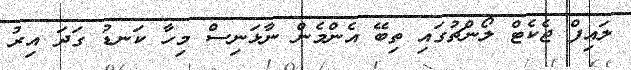
ލައިފް ޖެކެޓް ލޯންޗުގައި ތިބޭ އެންމެން ނާޅަނިސް މިހާ ކަނޑު ގަދަ އިރު